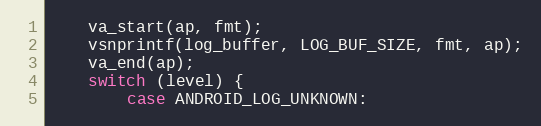
Language: C
    va_start(ap, fmt);
    vsnprintf(log_buffer, LOG_BUF_SIZE, fmt, ap);
    va_end(ap);
    switch (level) {
        case ANDROID_LOG_UNKNOWN: